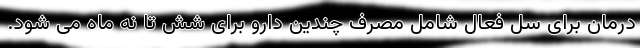
درمان برای سل فعال شامل مصرف چندین دارو برای شش تا نه ماه می شود.